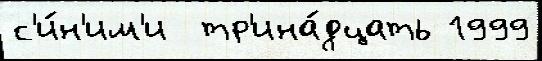
с'и́н'им'и  тр'ина́дцать 1999